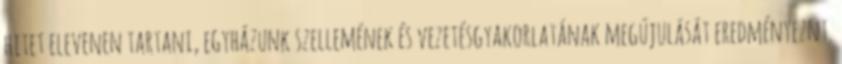
hitet elevenen tartani, egyházunk szellemének és vezetésgyakorlatának megújulását eredményeznt.